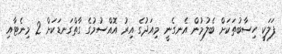
ފަލަކީ ހިސާބުތަކަށް ބެލުމުން އެނގެނީ މިއަދުގެ އިރު އޮއްސުމުގެ ގާތްގަނޑަކަށް 2 މިނެޓާއި